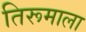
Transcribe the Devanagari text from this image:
तिरूमाला